Indian journal of veterinary science and animal husbandry - Volumes 18-21, 1948-1951
Year: 1948
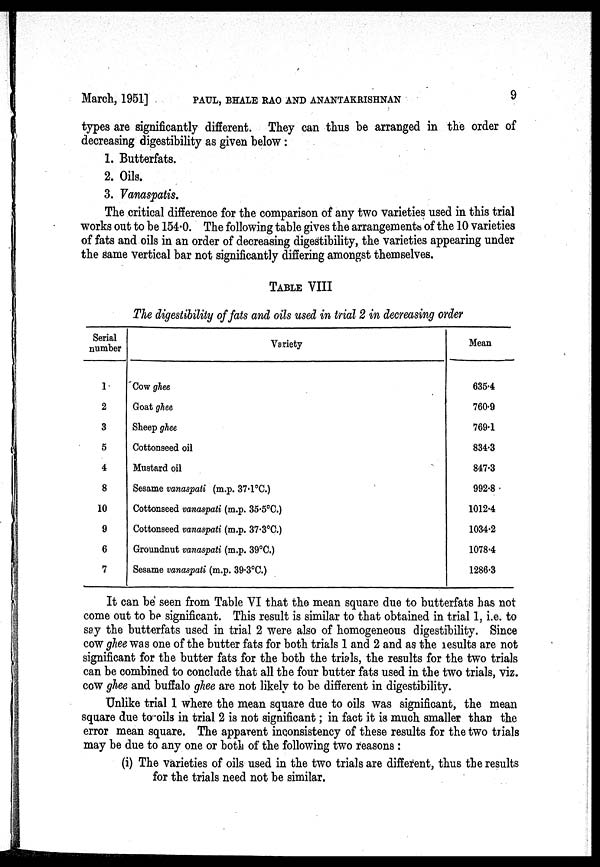
March, 1951]
PAUL, BHALE RAO AND ANANTAKRISHNAN 9
types are significantly different. They can thus be arranged in the order of
decreasing digestibility as given below :
1. Butterfats.
2. Oils.
3. Vanaspatis.
The critical difference for the comparison of any two varieties used in this trial
works out to be 154.0. The following table gives the arrangements of the 10 varieties
of fats and oils in an order of decreasing digestibility, the varieties appearing under
the same vertical bar not significantly differing amongst themselves.
TABLE VIII
The digestibility of fats and oils used in trial 2 in decreasing order
Serial
number
1
2
3
5
4
8
10
9
6
7
Variety
Cow ghee
Goat ghee
Sheep ghee
Cottonseed oil
Mustard oil
Sesame vanaspati (m.p. 37.1°C.)
Cottonseed vanaspati (m.p. 35.5°C.)
Cottonseed vanaspati (m.p. 37.3°C.)
Groundnut vanaspati (m.p. 39°C.)
Sesame vanaspati (m.p. 39.3°C.)
Mean
635.4
760.9
769.1
834.3
847.3
992.8
1012.4
1034.2
1078.4
1286.3
It can be seen from Table VI that the mean square due to butterfats has not
come out to be significant. This result is similar to that obtained in trial 1, i.e. to
say the butterfats used in trial 2 were also of homogeneous digestibility. Since
cow ghee was one of the butter fats for both trials 1 and 2 and as the results are not
significant for the butter fats for the both the trials, the results for the two trials
can be combined to conclude that all the four butter fats used in the two trials, viz.
cow ghee and buffalo ghee are not likely to be different in digestibility.
Unlike trial 1 where the mean square due to oils was significant, the mean
square due to oils in trial 2 is not significant ; in fact it is much smaller than the
error mean square. The apparent inconsistency of these results for the two trials
may be due to any one or both of the following two reasons :
(i) The varieties of oils used in the two trials are different, thus the results
for the trials need not be similar.